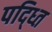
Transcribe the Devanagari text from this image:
पद्ध्‍ति